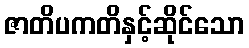
ဇာတိပကတိနှင့်ဆိုင်သော